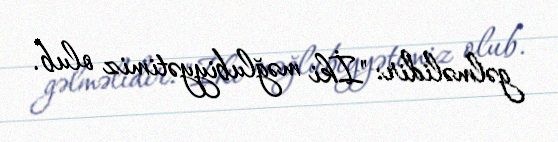
gəlməlidir: "İki məğlubiyyətimiz olub.